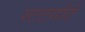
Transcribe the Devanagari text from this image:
स्टटगॉर्ट